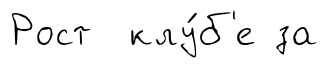
Рост клу́б'е за